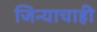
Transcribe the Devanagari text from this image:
जिन्याचाही